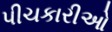
પીચકારીઓ